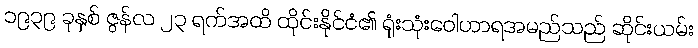
၁၉၃၉ ခုနှစ် ဇွန်လ ၂၃ ရက်အထိ ထိုင်းနိုင်ငံ၏ ရုံးသုံးဝေါဟာရအမည်သည် ဆိုင်းယမ်း